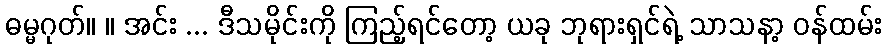
ဓမ္မဂုတ်။ ။ အင်း ... ဒီသမိုင်းကို ကြည့်ရင်တော့ ယခု ဘုရားရှင်ရဲ့ သာသနာ့ ဝန်ထမ်း